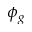
\phi _ { g }